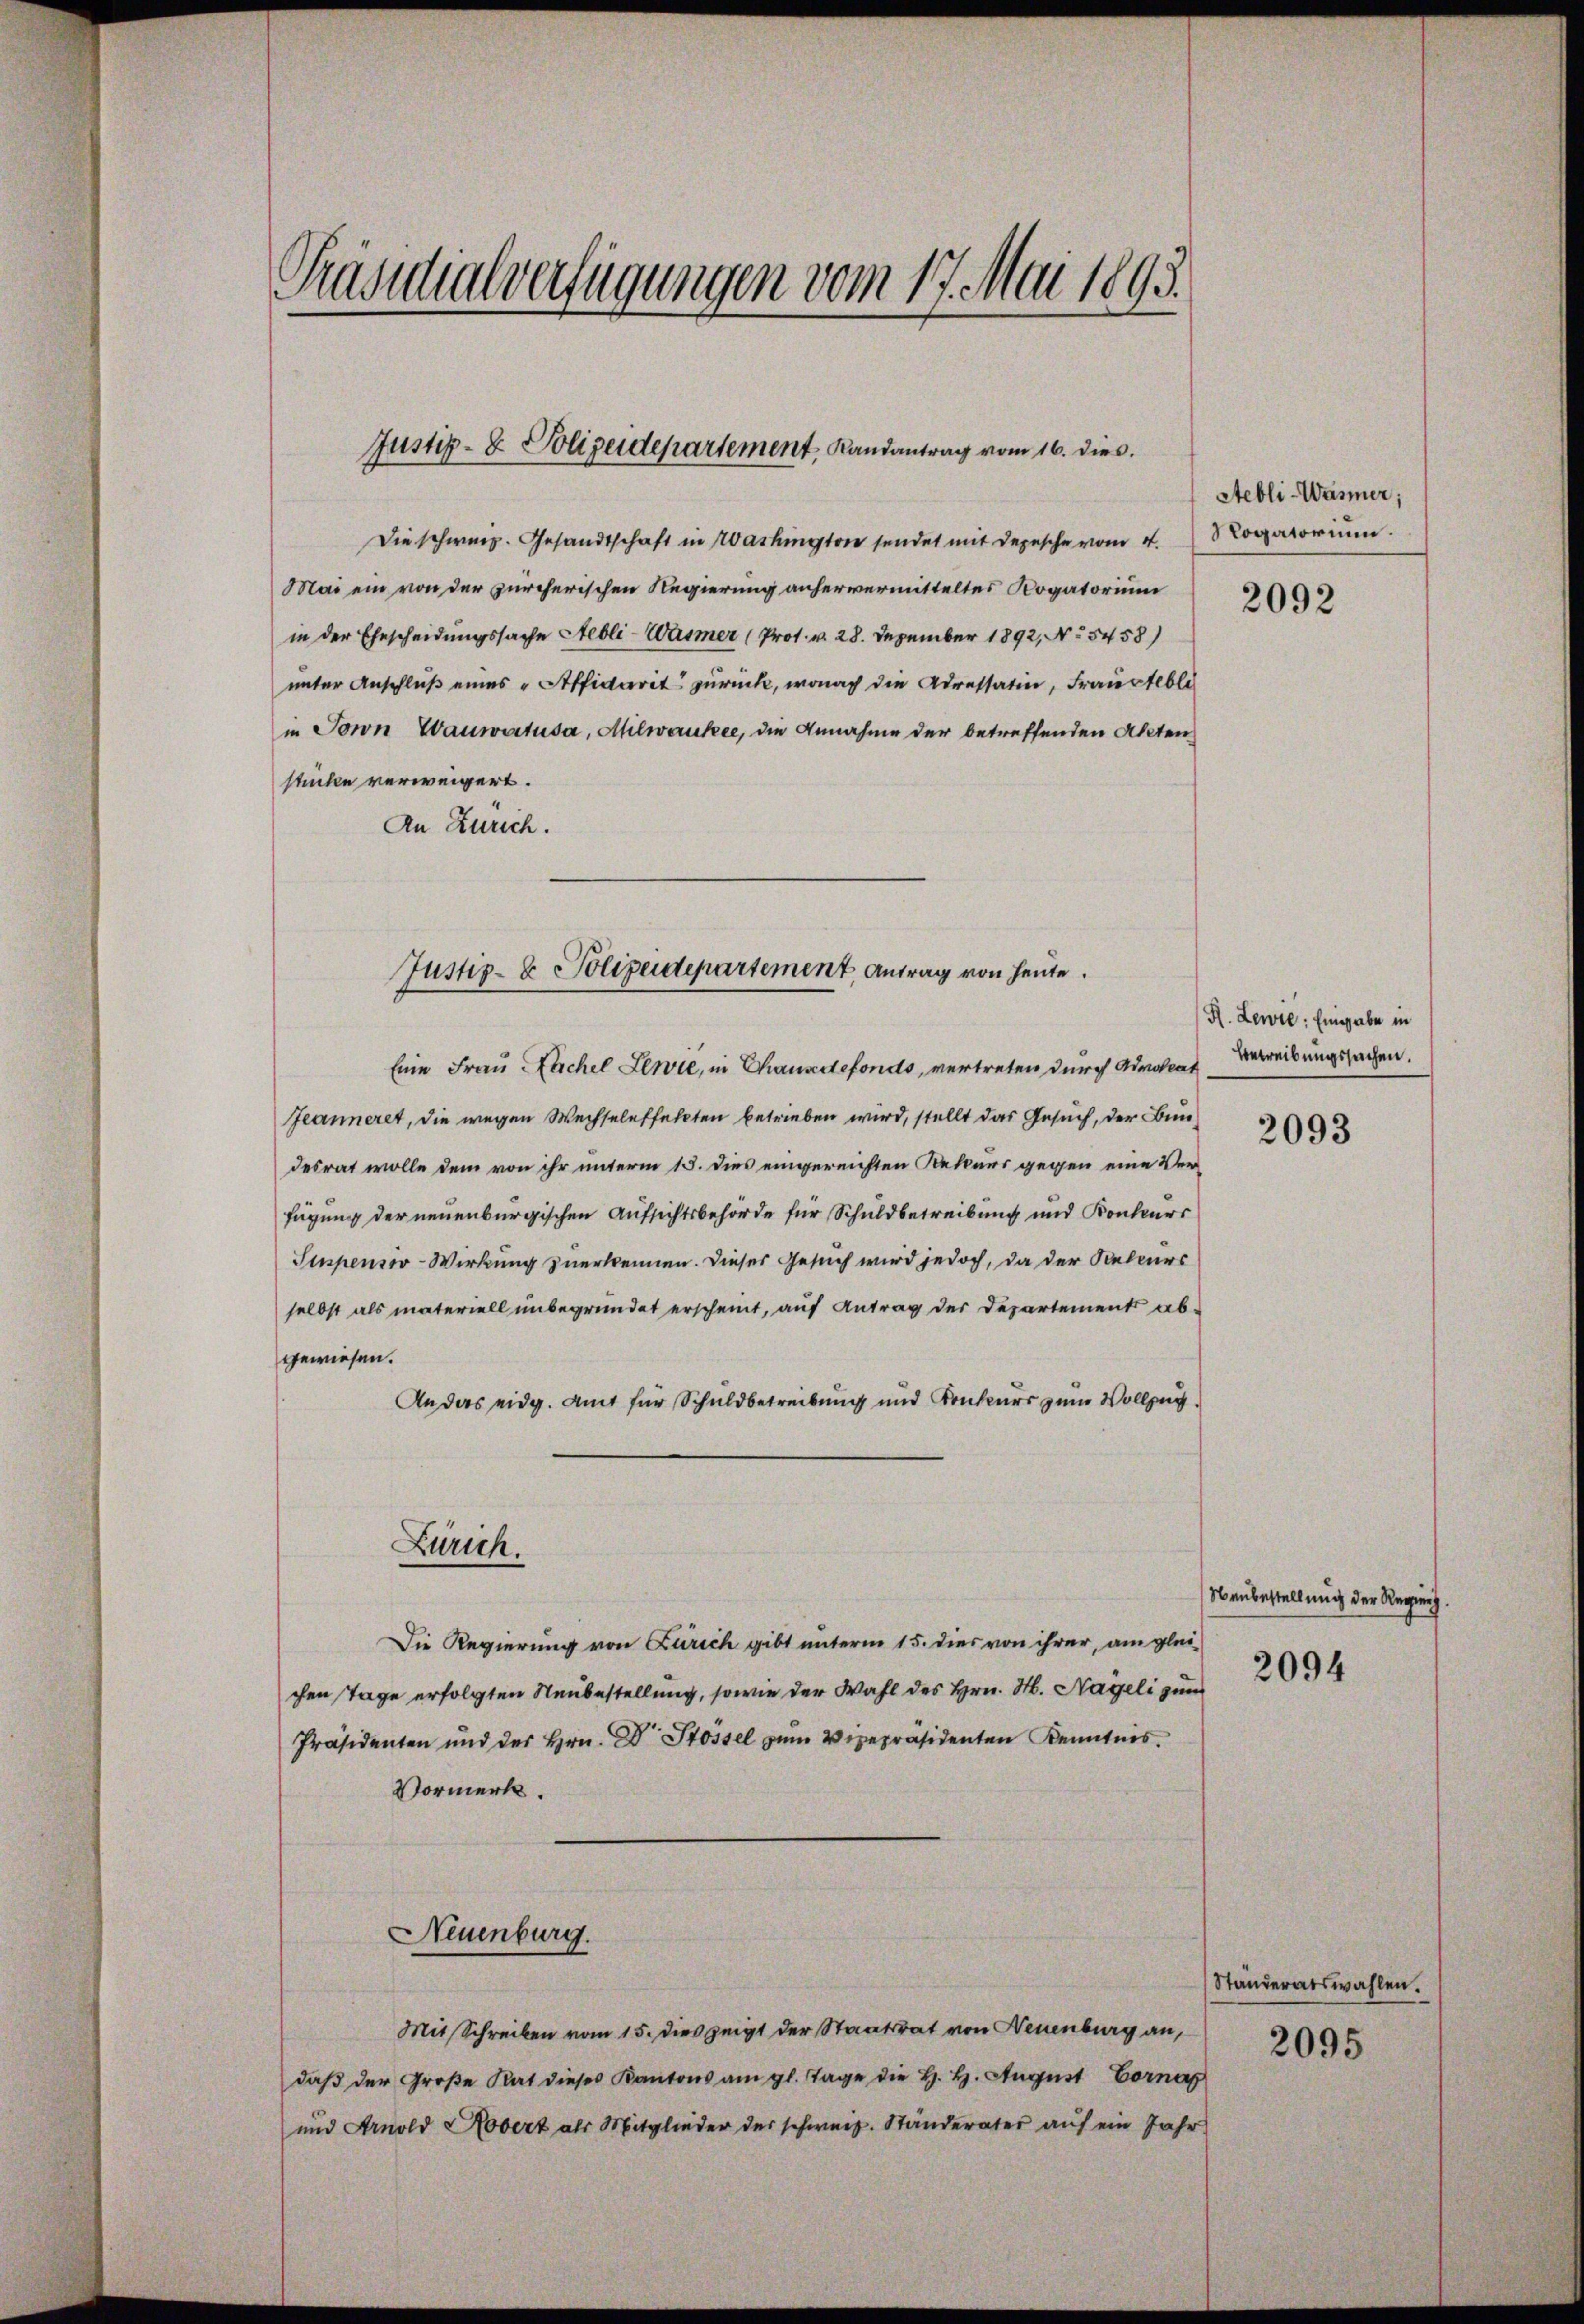
d
Präsidialverfügungen vom 17. Mai 1893.

Justiz- & Polizeidepartement Landantrag vom 16. dies

Die schweiz. Gesandtschaft in Washington sendet mit Depesche vom 4.
Mai ein von der zürcherischen Regierung anhervermitteltes Rogatorium
in der Ehescheidungssache Aebli-Wasmer (Prot. v. 28. Dezember 1892, No 5458)
unter Anschluß eines "Affidaret zurück, wonach die Adressatin, Frauetebli
in Torn Wauwartusa, Milwaukee, die Annahme der betreffenden Akten
stücke verweigert.
An Zürich.

Eine Frau Nachel Lewie, in Chausdefonds, vertreten durch Admodiat
Jeanneret, die wegen Wechseleffekten betrieben wird, stellt das Gesuch, der Bundesrat wolle dem von ihr unterm 15. dies eingereichten Rekurs gegen eine Verfügung der neuenburgischen Aufsichtsbehörde für Schuldbetreibung und Konkurs
Suspenswo-Wirkung zuerkennen. Dieses Gesuch wird jedoch, da der Rebenes
selbst als materiell unbegründet erscheint, auf Antrag der Departement ab-
gewiesen.
An das eidg. Amt für Schuldbetreibung und Konkurs zum Vollzug.

Justiz- & Polizeidepartement Antrag von heute.

Zürich.

Neuenburg.

Mit Schreiben vom 15. dies zeigt der Staatsrat von Neuenburg an,
daß der Große Rat dieses Kantons am gl. Tage die H. H. August Corna
und Arnold Robert als Mitglieder des schweiz. Ständerater auf ein Jahr

Die Regierung von Zürich gibt unterm 15. dies von ihrer, am glei
chen Tage erfolgten Neubestellung, sowie der Wahl des Hrn. M. Nageli zum
Präsidenten und des Hrn. Dr. Stossel zum Vizepräsidenten Kenntnis
Vormerk.

Aebli-Wasner;
Rogatorium.

R. Lewie: Eingabe in
Betreibungssachen.

Neubestellung der Regiert.
2094

Ständeratswahlen.
2095

2092

2093